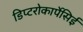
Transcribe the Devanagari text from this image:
डिप्टरोकार्पेसिई